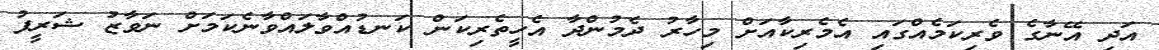
އަދި އޭނާގެ ވެރިކަމެއްގައި އެމެރިކާއަށް މިހާރު ދެމުންދާ އެހީތެރިކަން ކަނޑުއްވާލައްވާނެކަމަށް ނަވާޒު ޝަރީފު